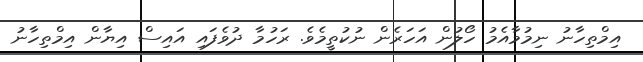
އިމްތިހާނު ނިމުމާއެމު ހޯލުން އަހަރެން ނުކުތީމެވެ. ރަހުމާ ދުވެފައި އައިސް އިޔާން އިމްތިހާނު